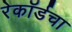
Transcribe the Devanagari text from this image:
रेकॉर्डचा